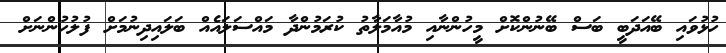
ހުޅުވައި ބޭއަދަބީ ބަސް ބޭނުންކޮށް މީހުންނާއި މުއާމަލާތު ކުރަމުންދާ މައްސަލައެއް ބަލައިދިނުމަށް ފުލުހުންނަށް